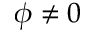
\phi \neq 0